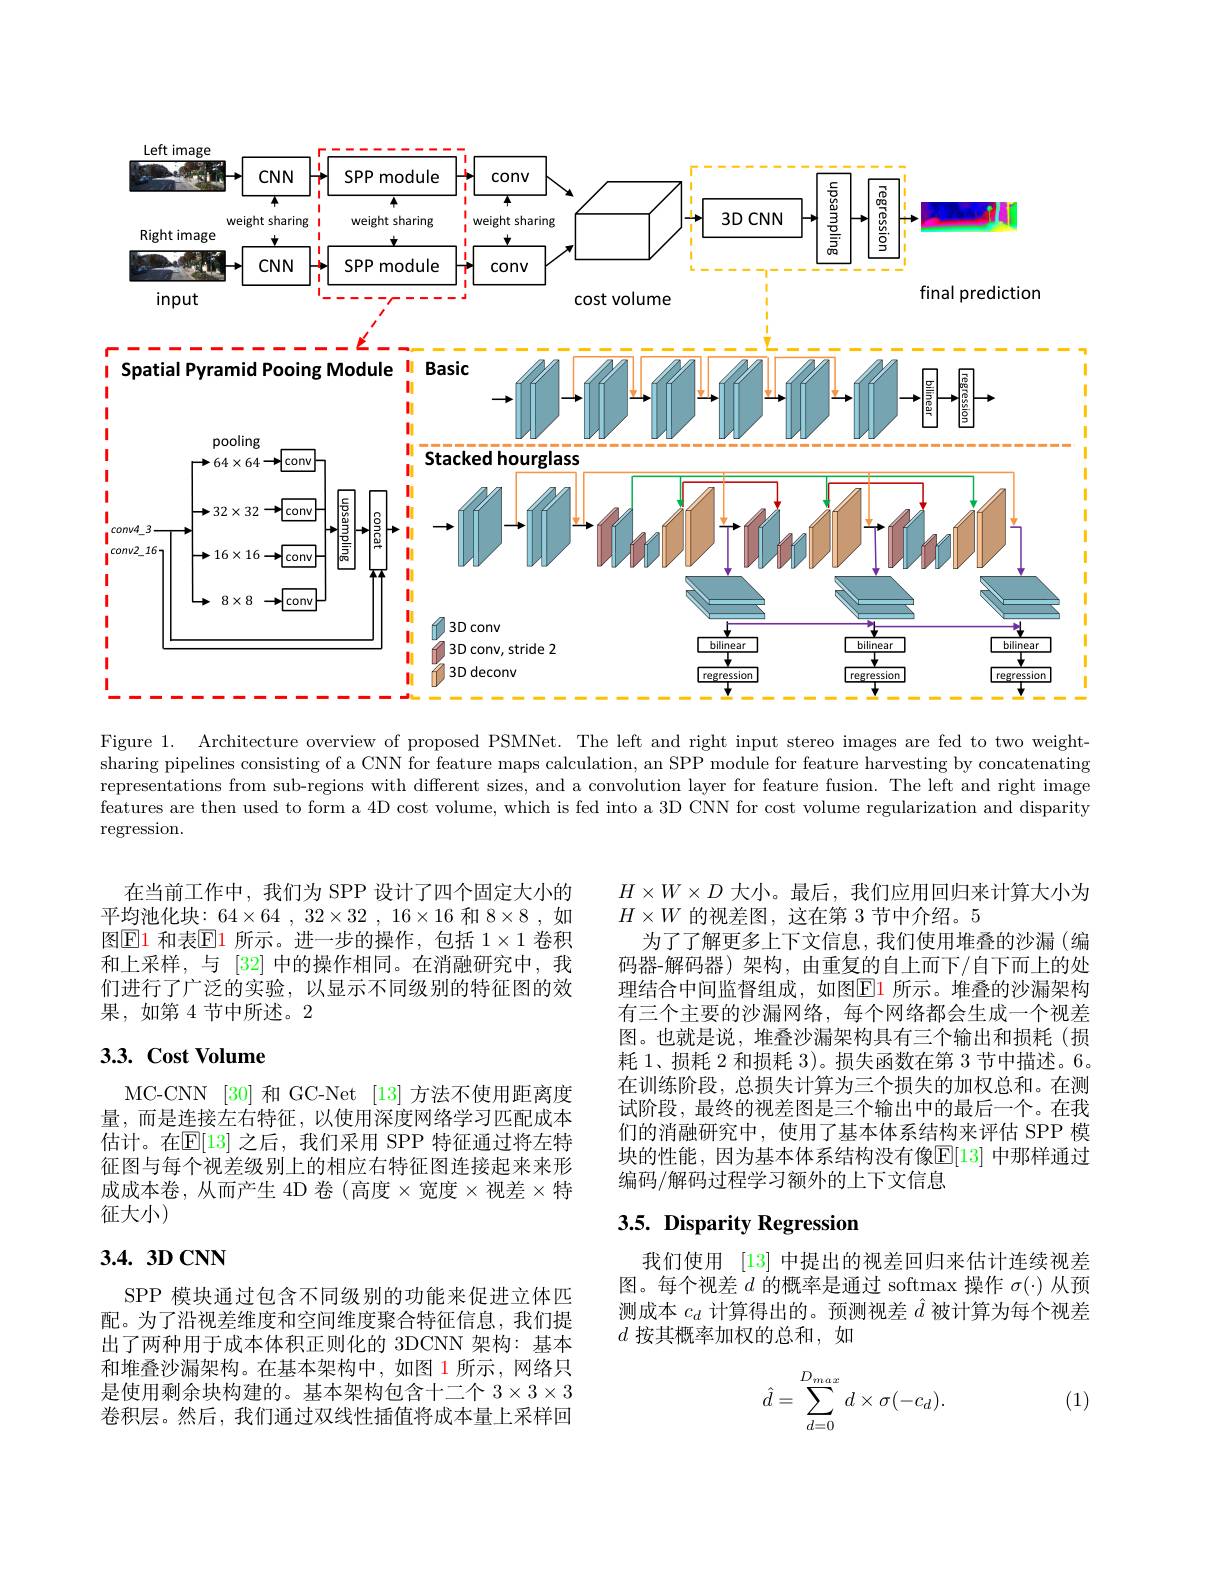
<FigureHere>

Figure 1. Architecture overview of proposed PSMNet. The left and right input stereo images are fed to two weightsharing pipelines consisting of a CNN for feature maps calculation, an SPP module for feature harvesting by concatenating representations from sub-regions with different sizes, and a convolution layer for feature fusion. The left and right image features are then used to form a 4D cost volume, which is fed into a 3D CNN for cost volume regularization and disparity regression.

在当前工作中，我们为 SPP 设计了四个固定大小的平均池化块：64$\times 64, 32\times 32, 16\times 16$ 和 $8\times 8, 如$ 图$\operatorname{E1}$ 和表$\operatorname{E1}$ 所示。进一步的操作，包括 $1\times1$ 卷积和上采样，与 [32] 中的操作相同。在消融研究中，我们进行了广泛的实验，以显示不同级别的特征图的效果，如第4节中所述。2

## $3. 3. \textbf{ Cost Volume}$

MC-CNN [30] 和 GC-Net [13] 方法不使用距离度量，而是连接左右特征，以使用深度网络学习匹配成本估计。在$\mathbb{E}[13]$ 之后，我们采用 SPP 特征通过将左特征图与每个视差级别上的相应右特征图连接起来来形成成本卷，从而产生 4D 卷 (高度$\times$宽度$\times$视差$\times$特征大小)

# $3.4.3DCNN$

SPP 模块通过包含不同级别的功能来促进立体匹配。为了沿视差维度和空间维度聚合特征信息，我们提出了两种用于成本体积正则化的 3DCNN 架构：基本和堆叠沙漏架构。在基本架构中，如图 1 所示，网络只是使用剩余块构建的。基本架构包含十二个$3\times3\times3$ 卷积层。然后，我们通过双线性插值将成本量上采样回

$H\times W\times D$大小。最后，我们应用回归来计算大小为
$H\times W$的视差图，这在第 3 节中介绍。5
为了了解更多上下文信息，我们使用堆叠的沙漏(编码器-解码器)架构，由重复的自上而下/自下而上的处理结合中间监督组成，如图$\color{red}{\mathrm{E}}\color{blue}{\mathrm{1}}$ 所示。堆叠的沙漏架构有三个主要的沙漏网络，每个网络都会生成一个视差图。也就是说，堆叠沙漏架构具有三个输出和损耗(损耗 1、损耗 2 和损耗 3)。损失函数在第 3 节中描述。6。在训练阶段，总损失计算为三个损失的加权总和。在测试阶段，最终的视差图是三个输出中的最后一个。在我们的消融研究中，使用了基本体系结构来评估 SPP 模块的性能，因为基本体系结构没有像$\mathbb{E}[13]$ 中那样通过编码/解码过程学习额外的上下文信息

# 3.5. Disparity Regression

我们使用 [13] 中提出的视差回归来估计连续视差图。每个视差$d$的概率是通过 softmax 操作$\sigma(\cdot)$从预测成本$c_d$计算得出的。预测视差$\hat{d}$被计算为每个视差$d$按其概率加权的总和，如
$$\hat{d}=\sum\limits_{d=0}^{D_{max}}d\times\sigma(-c_d).$$
(1)